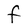
Character: F